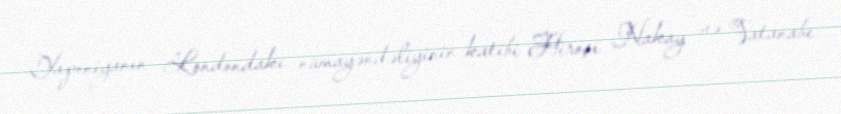
Yaponiyanın Londondakı nümayəndəliyinin katibi Hiroşi Nakay və Vatanabe